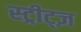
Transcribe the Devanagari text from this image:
स्ट्रीट्ज़